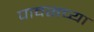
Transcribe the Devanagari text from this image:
पावसच्या